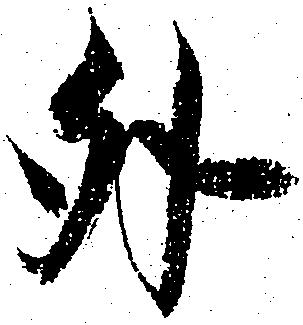
外